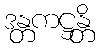
ဒန္တကဋ္ဌန္တိ